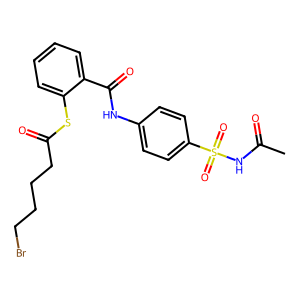
SMILES: CC(=O)NS(=O)(=O)c1ccc(NC(=O)c2ccccc2SC(=O)CCCCBr)cc1
Inhibits HIV replication: Yes